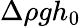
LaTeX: \Delta\rho gh_{0}